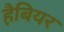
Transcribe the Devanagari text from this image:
हैबियर